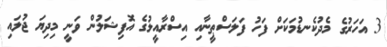
3 އަހަރުގެ މެދުކެނޑުމަކަށް ފަހު ފަލަސްޠީނާއި އިސްރާއީލުގެ އޮފިޝަލުން ވަނީ މިދިޔަ ޖުލައި